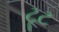
ટૂટ